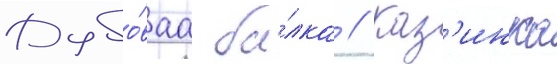
Дубо́ваа ба́лка // Каз'инка